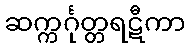
ဆက္ကင်္ဂုတ္တရဋီကာ